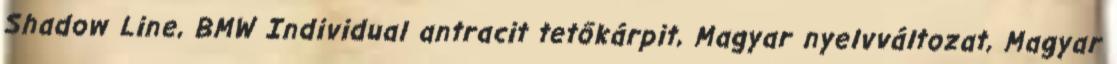
Shadow Line, BMW Individual antracit tetőkárpit, Magyar nyelvváltozat, Magyar